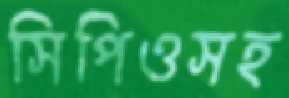
সিপিওসহ